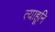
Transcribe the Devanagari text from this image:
त्याहूनि